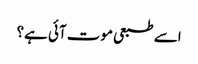
اسے طبعی موت آئی ہے؟